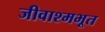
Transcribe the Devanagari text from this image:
जीवाश्मभूत